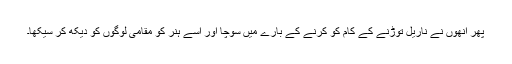
پھر انھوں نے ناریل توڑنے کے کام کو کرنے کے بارے میں سوچا اور اسے ہنر کو مقامی لوگوں کو دیکھ کر سیکھا۔